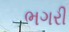
ભગરી